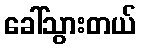
ခေါ်သွားတယ်